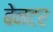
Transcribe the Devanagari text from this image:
बेनटर